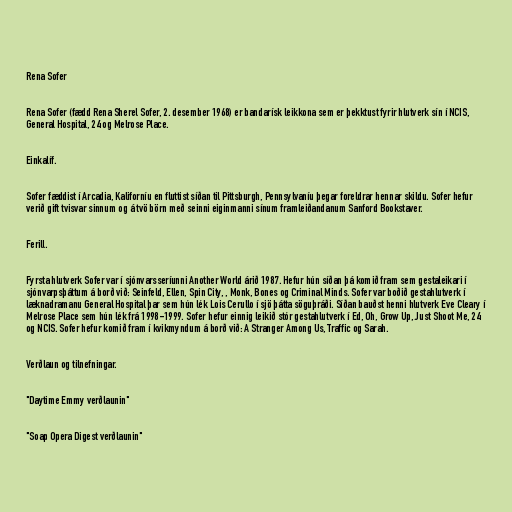
Rena Sofer

Rena Sofer (fædd Rena Sherel Sofer, 2. desember 1968) er bandarísk leikkona sem er þekktust fyrir hlutverk sín í NCIS,
General Hospital, 24 og Melrose Place.

Einkalíf.

Sofer fæddist í Arcadia, Kaliforníu en fluttist síðan til Pittsburgh, Pennsylvaníu þegar foreldrar hennar skildu. Sofer hefur
verið gift tvisvar sinnum og á tvö börn með seinni eiginmanni sínum framleiðandanum Sanford Bookstaver.

Ferill.

Fyrsta hlutverk Sofer var í sjónvarsseríunni Another World árið 1987. Hefur hún síðan þá komið fram sem gestaleikari í
sjónvarpsþáttum á borð við: Seinfeld, Ellen, Spin City, , Monk, Bones og Criminal Minds. Sofer var boðið gestahlutverk í
læknadramanu General Hospital þar sem hún lék Lois Cerullo í sjö þátta söguþráði. Síðan bauðst henni hlutverk Eve Cleary í
Melrose Place sem hún lék frá 1998-1999. Sofer hefur einnig leikið stór gestahlutverk í Ed, Oh, Grow Up, Just Shoot Me, 24
og NCIS. Sofer hefur komið fram í kvikmyndum á borð við: A Stranger Among Us, Traffic og Sarah.

Verðlaun og tilnefningar.

"Daytime Emmy verðlaunin"

"Soap Opera Digest verðlaunin"